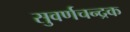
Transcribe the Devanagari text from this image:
सुवर्णचन्द्रक